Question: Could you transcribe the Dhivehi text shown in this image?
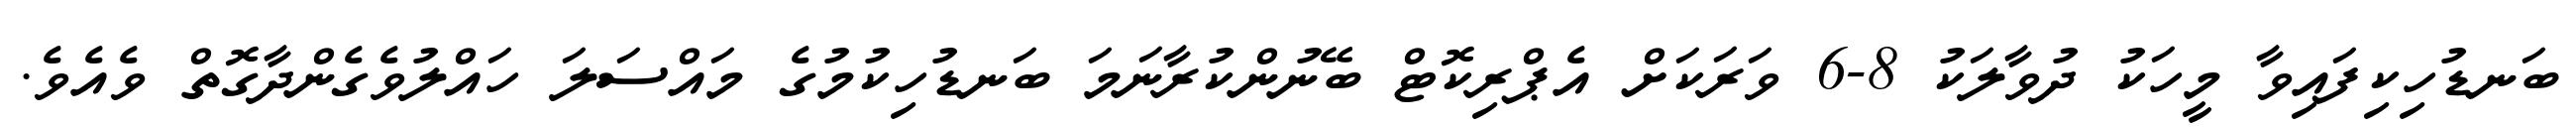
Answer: ބަނޑުހިކިފައިވާ މީހަކު ދުވާލަކު 8-6 ވަރަކަށް އެޕްރިކޮޓް ބޭނުންކުރާނަމަ ބަނޑުހިކުމުގެ މައްސަލަ ހައްލުވެގެންދާގޮތް ވެއެވެ.